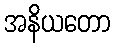
အနိယတော